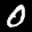
Label: 0